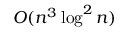
O ( n ^ { 3 } \log ^ { 2 } n )